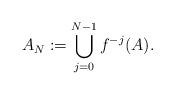
LaTeX: \begin{align*}A_N := \bigcup_{j=0}^{N-1}f^{-j}(A).\end{align*}